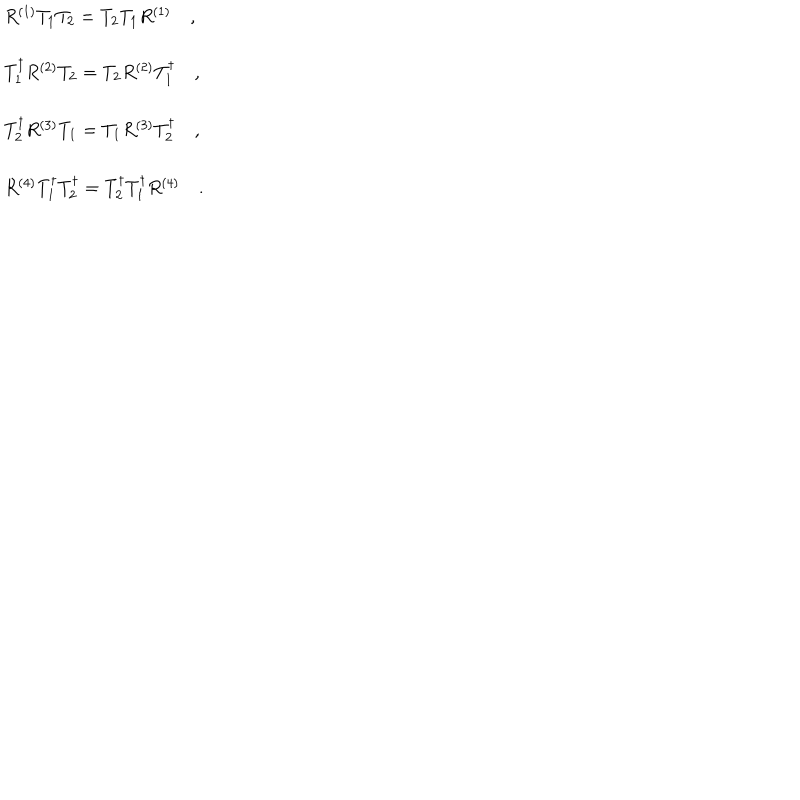
\begin{array} { l } { { R ^ { ( 1 ) } T _ { 1 } T _ { 2 } = T _ { 2 } T _ { 1 } R ^ { ( 1 ) } \quad , } } \\ { { \, } } \\ { { T _ { 1 } ^ { \dagger } R ^ { ( 2 ) } T _ { 2 } = T _ { 2 } R ^ { ( 2 ) } T _ { 1 } ^ { \dagger } \quad , } } \\ { { \, } } \\ { { T _ { 2 } ^ { \dagger } R ^ { ( 3 ) } T _ { 1 } = T _ { 1 } R ^ { ( 3 ) } T _ { 2 } ^ { \dagger } \quad , } } \\ { { \, } } \\ { { R ^ { ( 4 ) } T _ { 1 } ^ { \dagger } T _ { 2 } ^ { \dagger } = T _ { 2 } ^ { \dagger } T _ { 1 } ^ { \dagger } R ^ { ( 4 ) } \quad . } } \\ \end{array}